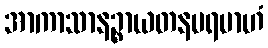
အာကာသာနဉ္စာယတနပရမာဟံ